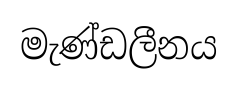
මැණ්ඩලීනය